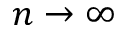
n \to \infty